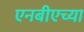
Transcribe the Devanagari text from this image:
एनबीएच्या